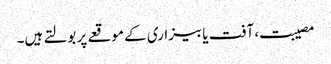
مصیبت، آفت یا بیزاری کے موقعے پر بولتے ہیں۔